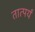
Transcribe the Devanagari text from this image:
तात्पर्यं